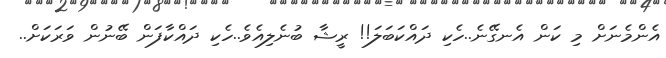
އެންމެނަށް މި ކަން އެނގޭނެ..ހެކި ދައްކަބަލަ!! ރީޝާ ބުނެލިއެވެ..ހެކި ދައްކާފަން ބޭނުން ވަރަކަށް..